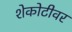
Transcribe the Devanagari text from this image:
शेकोटीवर